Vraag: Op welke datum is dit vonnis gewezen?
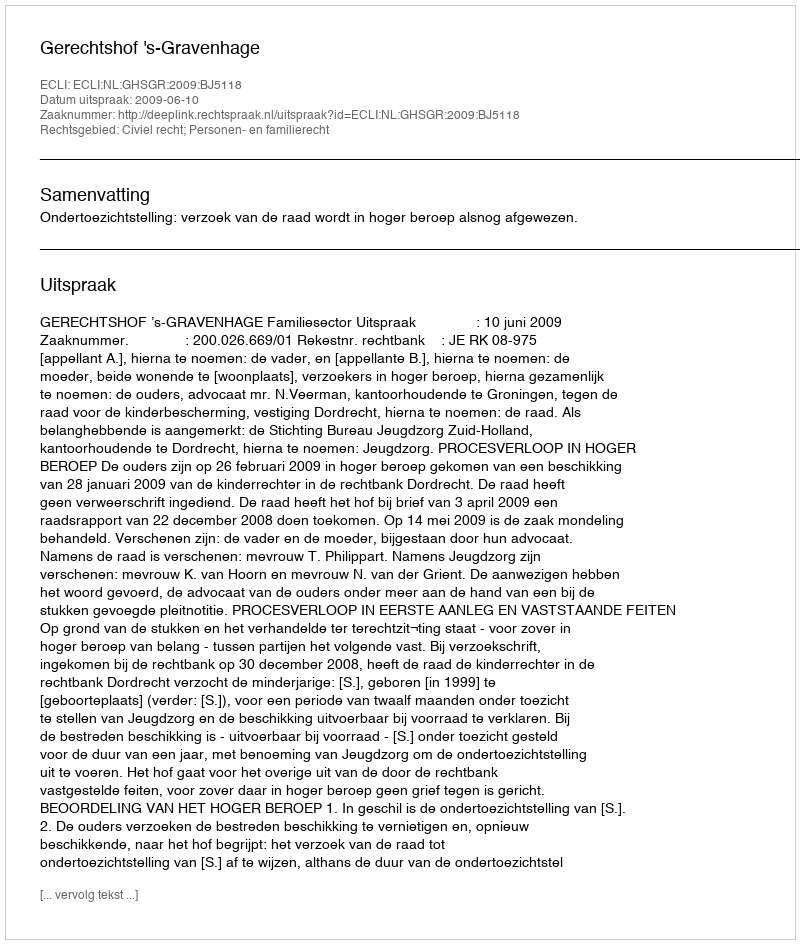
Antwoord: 2009-06-10